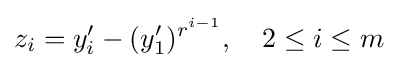
z_{i}=y_{i}'-(y_{1}')^{r^{i-1}},\quad 2\leq i\leq m